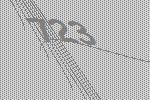
723